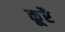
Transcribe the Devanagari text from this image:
कूरै